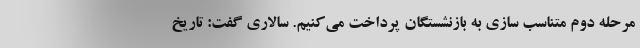
مرحله دوم متناسب سازی به بازنشستگان پرداخت می‌کنیم. سالاری گفت: تاریخ